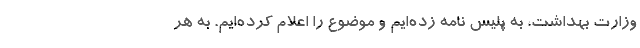
وزارت بهداشت، به پلیس نامه زده‌ایم و موضوع را اعلام کرده‌ایم. به هر